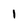
Character: 1